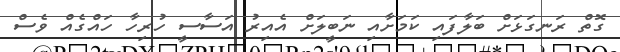
ގޮތް ރަނގަޅަށް ބަލާފައި ކަމަށާއި ނަބީލަށް އެއިރު އަސާސީ ހުރިހާ ހައްގެއް ވެސް